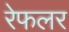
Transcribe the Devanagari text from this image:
रेफलर